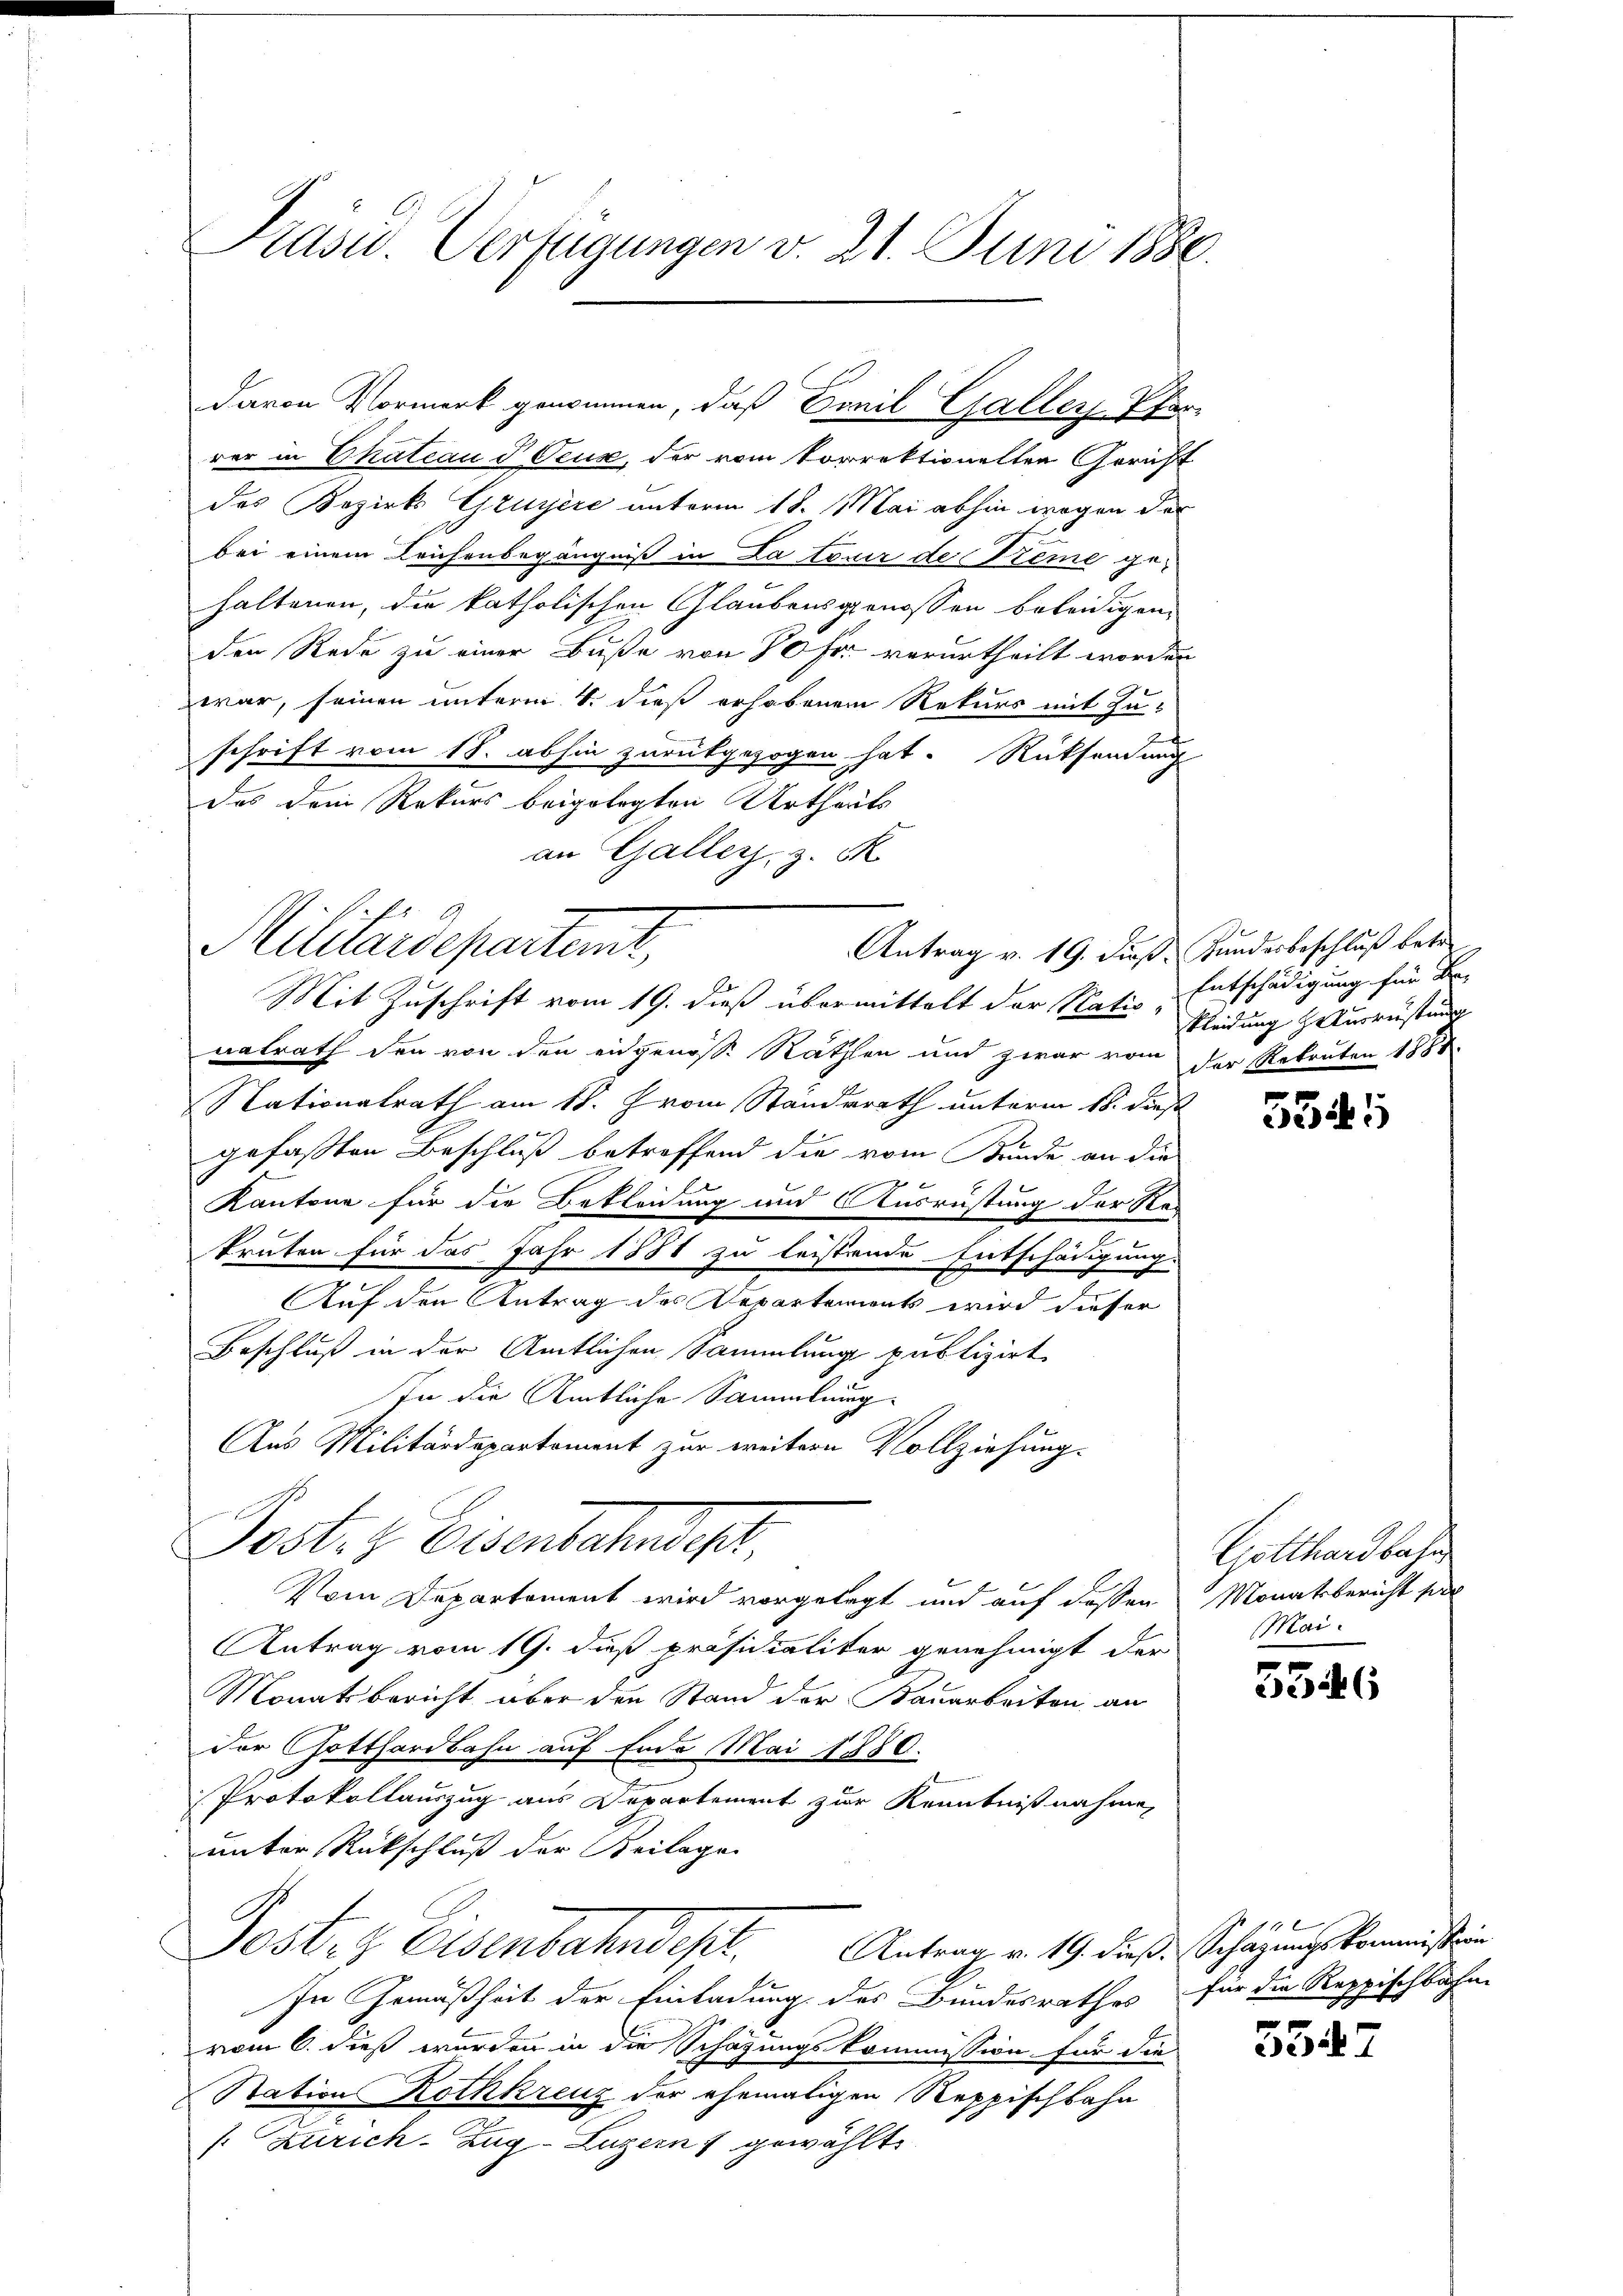
Präsid. Verfügungen v. 21. Juni 1886.

davon Vormerk genommen, daß Conil Galles Pfar
rer in Chateau d Ceux, der vom Vorrektionellen Gericht
des Bozirks Gruyère unterm 18. Mai abhin wegen der
bei einem Leichenbegängniß in Latruir de Preme gehaltenen, die katholischen Glaubensgenossen beleidigen.
den Rede zu einer Buße von 80 Fr. verurtheilt worden
war, seinen unterm 4. dieß erhobenen Rekurs mit Zu-
2
schrift vom 18. abhin zurückgezogen hat. Rücksendung
das dein Rekurs beigelegten Urtheils
an Gallers, z. S
Mit Zuschrift vom 19. dieß übermittelt der Natio Entschädigung für Be-
natrath den von den eidgenosse Rathen und zwar vom der Rekruten 1888
Nationalrath am 18. vom Ständerath unterm 16. dieß
gefaßten Beschluß betreffend die vom Bunde an die

Kantone für die Bekleidung und Ausrüstung der Red
kruten für das Jahr 1881 zu leistende Entschädigung
Auf den Antrag des Verartements wird dieser
Beschluß in der Amtlichen Sammlung publizirt
In die Amtliche Sammlung
Aus Militärdepartement zur weitern Vollziehung.
Post- & Eisenbahnscht,
Vom Departement wird vorgelegt und auf dassen
Antrag vom 19. daß präsidialiter genehmigt der
Monatsbericht über den Stand der Bauarbeiten an
Der Gotthardbahn auf Ende Mai 1880.
Protokollauszug aus Departement zur Kenntnißnahme,
unter Rückschluß der Beilage
Postez Eisenbahndept. Antrag v. 19. dieß. Schätzungskommenstein
In Gemäßheit der Einladung des Bundesrathes für die Reppischbahn
vom 6. dieß wurden in die Schazungskommission für die
Station Rothkreuz der ehemaligen Reppischbahn
f. Zürich–Zug–Luzern gewählt.

Militärdepartet,
Antrag v. 19. dieß. Bunderbeschluß betr.

kleidung Hausrüstung

r

x
e

Gotthardbahn
Monatsbericht sie
Mai.

e

5547